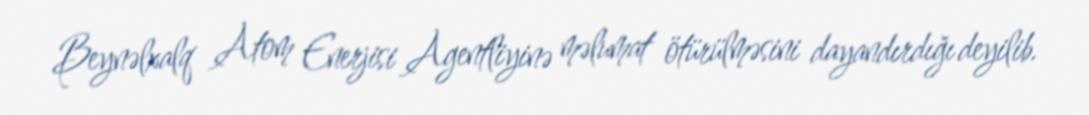
Beynəlxalq Atom Enerjisi Agentliyinə məlumat ötürülməsini dayandırdığı deyilib.